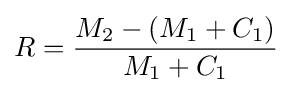
R={\frac {M_{2}-(M_{1}+C_{1})}{M_{1}+C_{1}}}